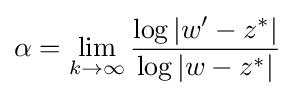
\alpha =\lim _{k\to \infty }{\frac {\log |w'-z^{*}|}{\log |w-z^{*}|}}